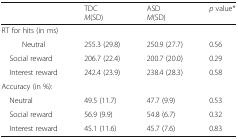
<table><thead><tr><td></td><td><b>TDC<i>M</i>(SD)</b></td><td><b>ASD<i>M</i>(SD)</b></td><td><b><i>p</i> value*</b></td></tr></thead><tbody><tr><td colspan="4">RT for hits (in ms)</td></tr><tr><td> Neutral</td><td>255.3 (29.8)</td><td>250.9 (27.7)</td><td>0.56</td></tr><tr><td> Social reward</td><td>206.7 (22.4)</td><td>200.7 (20.0)</td><td>0.29</td></tr><tr><td> Interest reward</td><td>242.4 (23.9)</td><td>238.4 (28.3)</td><td>0.58</td></tr><tr><td colspan="4">Accuracy (in %):</td></tr><tr><td> Neutral</td><td>49.5 (11.7)</td><td>47.7 (9.9)</td><td>0.53</td></tr><tr><td> Social reward</td><td>56.9 (9.9)</td><td>54.8 (6.7)</td><td>0.32</td></tr><tr><td> Interest reward</td><td>45.1 (11.6)</td><td>45.7 (7.6)</td><td>0.83</td></tr></tbody></table>